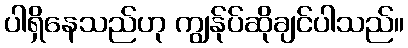
ပါရှိနေသည်ဟု ကျွန်ုပ်ဆိုချင်ပါသည်။